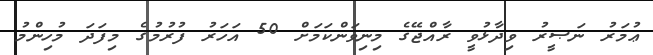
ޢުމަރު ނަޞީރު ވިދާޅުވީ ރާއްޖޭގެ މިނިވަންކަމަށް 50 އަހަރު ފުރުމުގެ މިފަދަ މުހިންމު